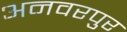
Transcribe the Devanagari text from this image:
अनवरपुर